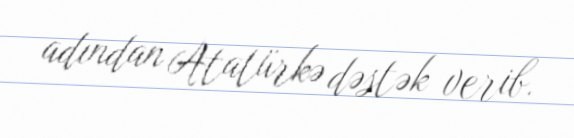
adından Atatürkə dəstək verib.